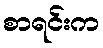
စာရင်းက